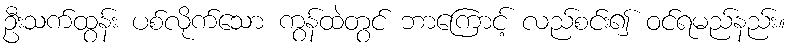
ဦးသက်ထွန်း ပစ်လိုက်သော ကွန်ထဲတွင် ဘာကြောင့် လည်စင်း၍ ဝင်ရမည်နည်း။